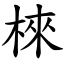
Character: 棶